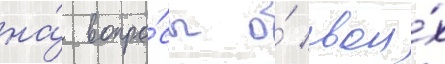
на́ вопро́сы о́ свои́х